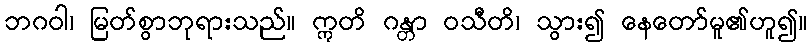
ဘဂဝါ၊ မြတ်စွာဘုရားသည်။ ဣတိ ဂန္တာ ဝသီတိ၊ သွား၍ နေတော်မူ၏ဟူ၍။